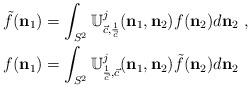
LaTeX: \begin{align*}\tilde{f}(\mathbf{n}_{1}) & =\int_{S^{2}}\mathbb{U}_{\vec{c},\frac{1}{\vec{c}}}^{j}(\mathbf{n}_{1},\mathbf{n}_{2})f(\mathbf{n}_{2})d\mathbf{n}_{2}\ ,\\{f}(\mathbf{n}_{1}) & =\int_{S^{2}}\mathbb{U}_{\frac{1}{\vec{c}},\vec{c}}^{j}(\mathbf{n}_{1},\mathbf{n}_{2})\tilde{f}(\mathbf{n}_{2})d\mathbf{n}_{2}\ \end{align*}